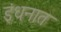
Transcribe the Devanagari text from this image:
इंधनात